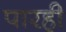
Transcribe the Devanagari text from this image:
पारही